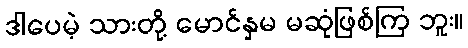
ဒါပေမဲ့ သားတို့ မောင်နှမ မဆုံဖြစ်ကြ ဘူး။